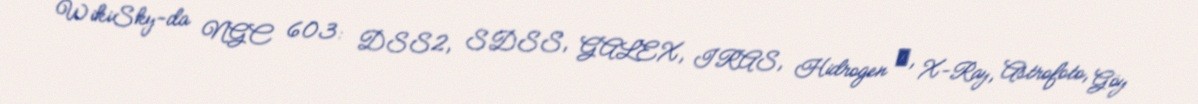
WikiSky-da NGC 603: DSS2, SDSS, GALEX, IRAS, Hidrogen α, X-Ray, Astrofoto, Göy